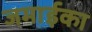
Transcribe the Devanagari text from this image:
जमाईका